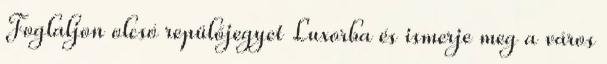
Foglaljon olcsó repülőjegyet Luxorba és ismerje meg a város